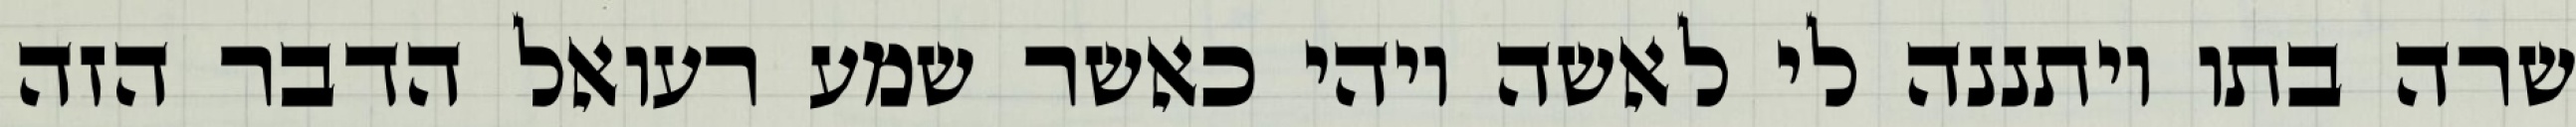
שרה בתו ויתננה לי לאשה ויהי כאשר שמע רעואל הדבר הזה